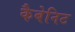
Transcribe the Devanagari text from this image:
कैबेनिट